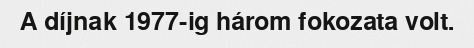
A díjnak 1977-ig három fokozata volt.